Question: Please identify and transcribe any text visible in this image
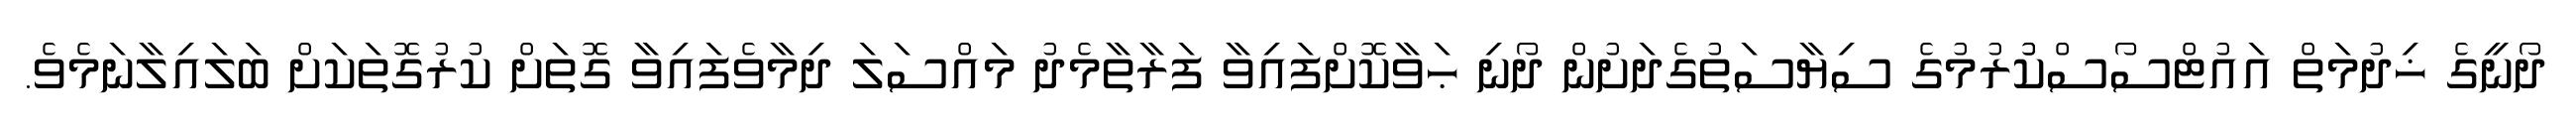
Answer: ދޯނީގެ ޚިދުމަތް އައުޓްސޯސްކުުރުމުގެ ސިޔާސަތުގެދަށުން ދޯނި ޙަވާކޮށްފައިވާ ފަރާތާމެދު މައްސަލަ ދިމާވެފައިވާ ގޮތަށް ކުރުގޮތަކަށް ބަލައިލާނަމެވެ.